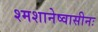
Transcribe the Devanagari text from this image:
श्मशानेष्वासीनः